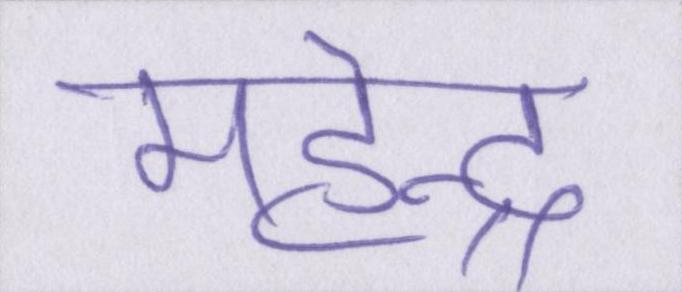
महेन्द्र